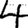
Digit: 4